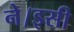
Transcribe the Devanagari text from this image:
ने।इसी